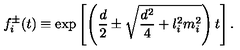
f _ { i } ^ { \pm } ( t ) \equiv \exp \left[ \left( { \frac { d } { 2 } } \pm \sqrt { { \frac { d ^ { 2 } } { 4 } } + l _ { i } ^ { 2 } m _ { i } ^ { 2 } } \right) t \right] .